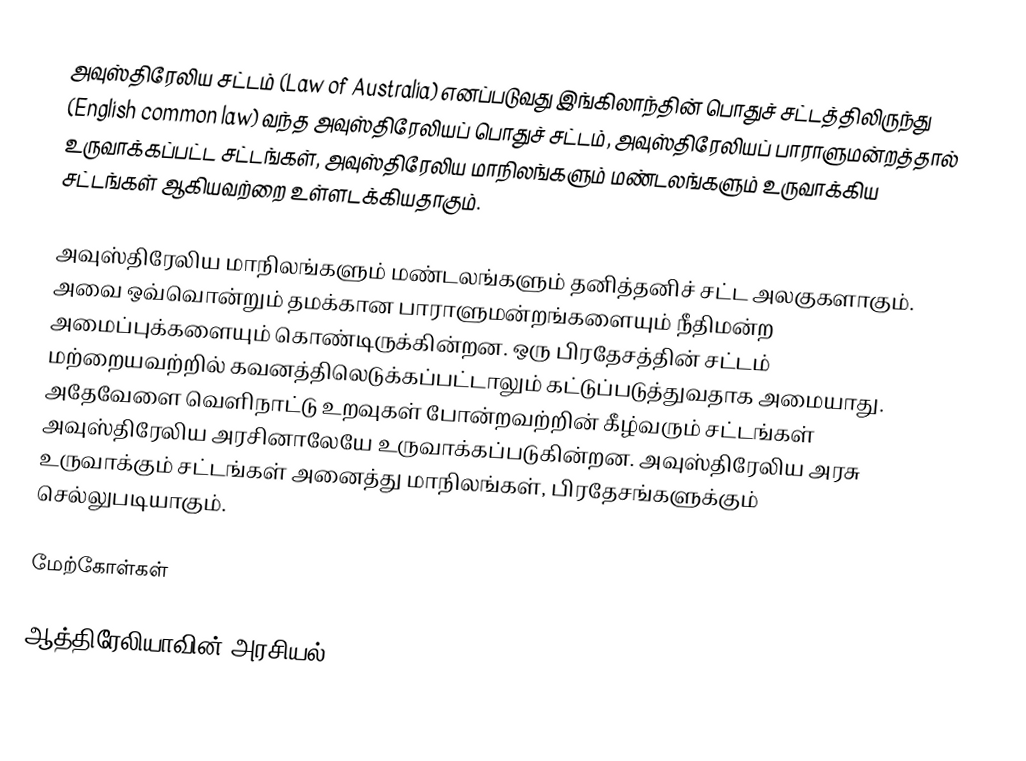
அவுஸ்திரேலிய சட்டம் (Law of Australia) எனப்படுவது இங்கிலாந்தின் பொதுச் சட்டத்திலிருந்து (English common law) வந்த அவுஸ்திரேலியப் பொதுச் சட்டம், அவுஸ்திரேலியப் பாராளுமன்றத்தால் உருவாக்கப்பட்ட சட்டங்கள், அவுஸ்திரேலிய மாநிலங்களும் மண்டலங்களும் உருவாக்கிய சட்டங்கள் ஆகியவற்றை உள்ளடக்கியதாகும்.

அவுஸ்திரேலிய மாநிலங்களும் மண்டலங்களும் தனித்தனிச் சட்ட அலகுகளாகும். அவை ஒவ்வொன்றும் தமக்கான பாராளுமன்றங்களையும் நீதிமன்ற அமைப்புக்களையும் கொண்டிருக்கின்றன. ஒரு பிரதேசத்தின் சட்டம் மற்றையவற்றில் கவனத்திலெடுக்கப்பட்டாலும் கட்டுப்படுத்துவதாக அமையாது. அதேவேளை வெளிநாட்டு உறவுகள் போன்றவற்றின் கீழ்வரும் சட்டங்கள் அவுஸ்திரேலிய அரசினாலேயே உருவாக்கப்படுகின்றன. அவுஸ்திரேலிய அரசு உருவாக்கும் சட்டங்கள் அனைத்து மாநிலங்கள், பிரதேசங்களுக்கும் செல்லுபடியாகும்.

மேற்கோள்கள்

ஆத்திரேலியாவின் அரசியல்